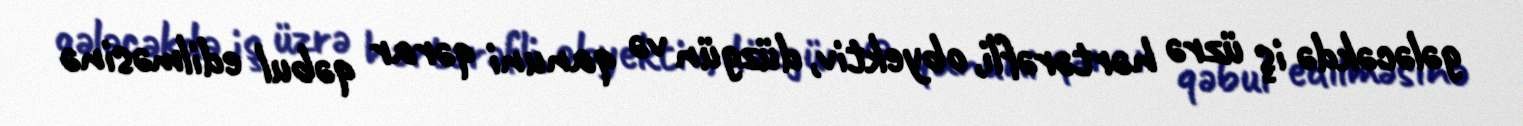
gələcəkdə iş üzrə hərtərəfli, obyektiv, düzgün və qanuni qərar qəbul edilməsinə